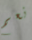
نعم